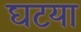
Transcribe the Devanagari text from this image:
घटया